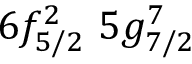
6 f _ { 5 / 2 } ^ { 2 } \, \, 5 g _ { 7 / 2 } ^ { 7 }